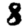
Digit: 8